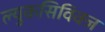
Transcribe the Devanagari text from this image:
ल्युकसिविक्ज